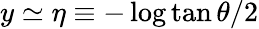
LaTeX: y\simeq\eta\equiv-\log\tan\theta/2